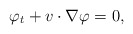
\begin{align*}{\varphi}_t+v\cdot \nabla {\varphi}=0,\end{align*}